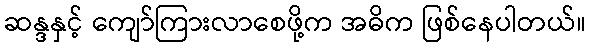
ဆန္ဒနှင့် ကျော်ကြားလာစေဖို့က အဓိက ဖြစ်နေပါတယ်။